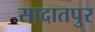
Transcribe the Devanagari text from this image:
सादातपुर